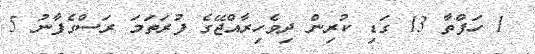
1 ހަފްތާ 13 ގަޑި ކުރިން ދިވެހިރާއްޖޭގެ ފުރަތަމަ ރަސްގެފާނު 5